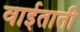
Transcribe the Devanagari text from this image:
वाईताती